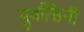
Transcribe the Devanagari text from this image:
पुर्वासिनी